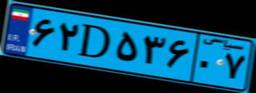
۶۲D۵۳۶۰۷